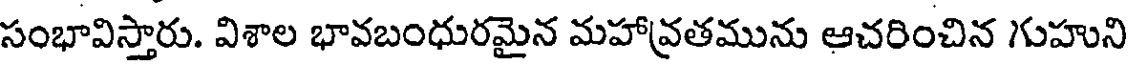
సంభావిస్తారు. విశాల భావబంధురమైన మహావ్రతమును ఆచరించిన గుహుని